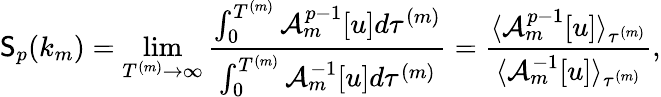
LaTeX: \mathsf{S}_{p}(k_{m})=\operatorname*{lim}_{T^{(m)}\to\infty}\frac{{\int_{0}^{T^{(m)}}\mathcal{{A}}_{m}^{p-1}[u]d\tau^{(m)}}}{{\int_{0}^{T^{(m)}}\mathcal{{A}}_{m}^{-1}[u]d\tau^{(m)}}}=\frac{{\langle\mathcal{{A}}_{m}^{p-1}[u]\rangle_{\tau^{(m)}}}}{{\langle\mathcal{{A}}_{m}^{-1}[u]\rangle_{\tau^{(m)}}}},